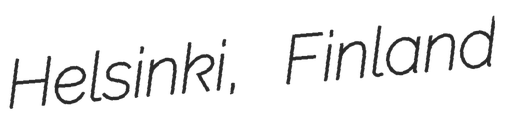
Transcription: Helsinki, Finland